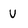
Character: V